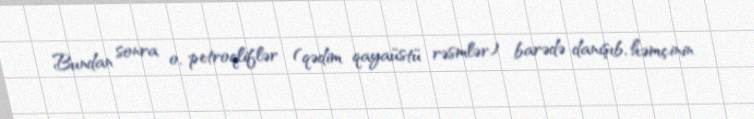
Bundan sonra o, petroqliflər (qədim qayaüstü rəsmlər) barədə danışıb, həmçinin